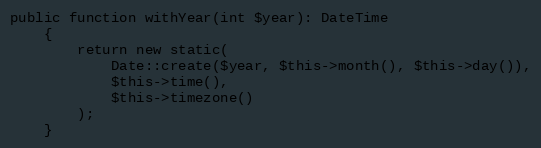
Language: PHP
public function withYear(int $year): DateTime
    {
        return new static(
            Date::create($year, $this->month(), $this->day()),
            $this->time(),
            $this->timezone()
        );
    }